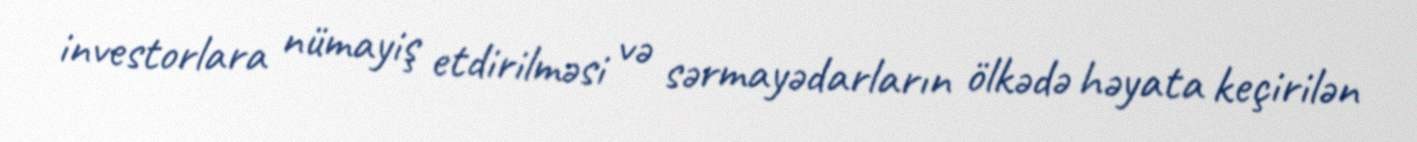
investorlara nümayiş etdirilməsi və sərmayədarların ölkədə həyata keçirilən